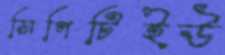
সিপিটিইউ